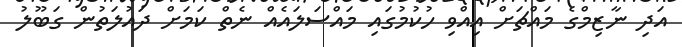
އަދި ނާޒިމްގެ މައްޗަށް އިއްވި ހުކުމުގައި މައްސަލައެއް ނެތް ކަމަށް ދައުލަތުން ގަބޫލު